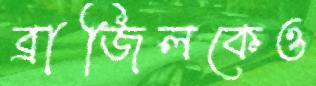
ব্রাজিলকেও